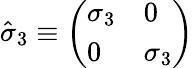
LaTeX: \hat{\sigma}_{3}\equiv\left(\begin{array}{ll}{\sigma_{3}}&{0}\\ {0}&{\sigma_{3}}\end{array}\right)